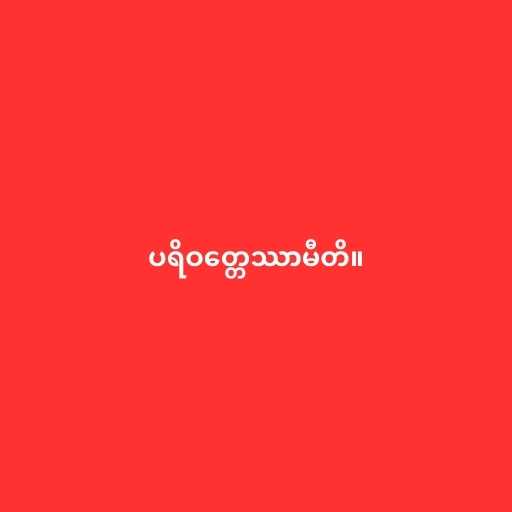
ပရိဝတ္တေဿာမီတိ။